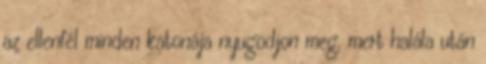
az ellenfél minden katonája nyugodjon meg, mert halála után